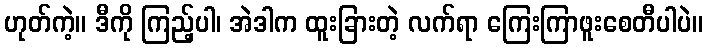
ဟုတ်ကဲ့။ ဒီကို ကြည့်ပါ၊ အဲဒါက ထူးခြားတဲ့ လက်ရာ ကြေးကြာဖူးစေတီပါပဲ။